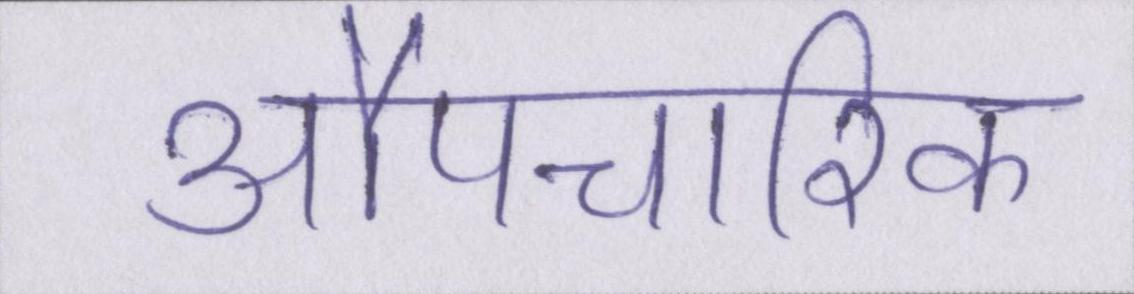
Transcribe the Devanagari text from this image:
औपचारिक